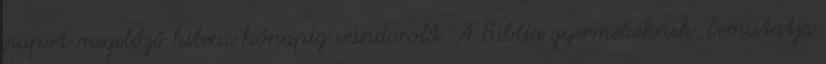
napot megelőző kilenc hónapig vándorolt. A Biblia gyermekeknek. bemutatja